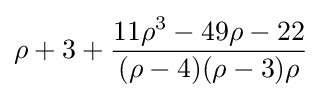
\rho +3+{\frac {11\rho ^{3}-49\rho -22}{(\rho -4)(\rho -3)\rho }}